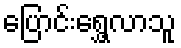
ပြောင်းရွှေ့လာသူ